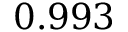
0 . 9 9 3